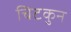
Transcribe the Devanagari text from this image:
चिटकुन